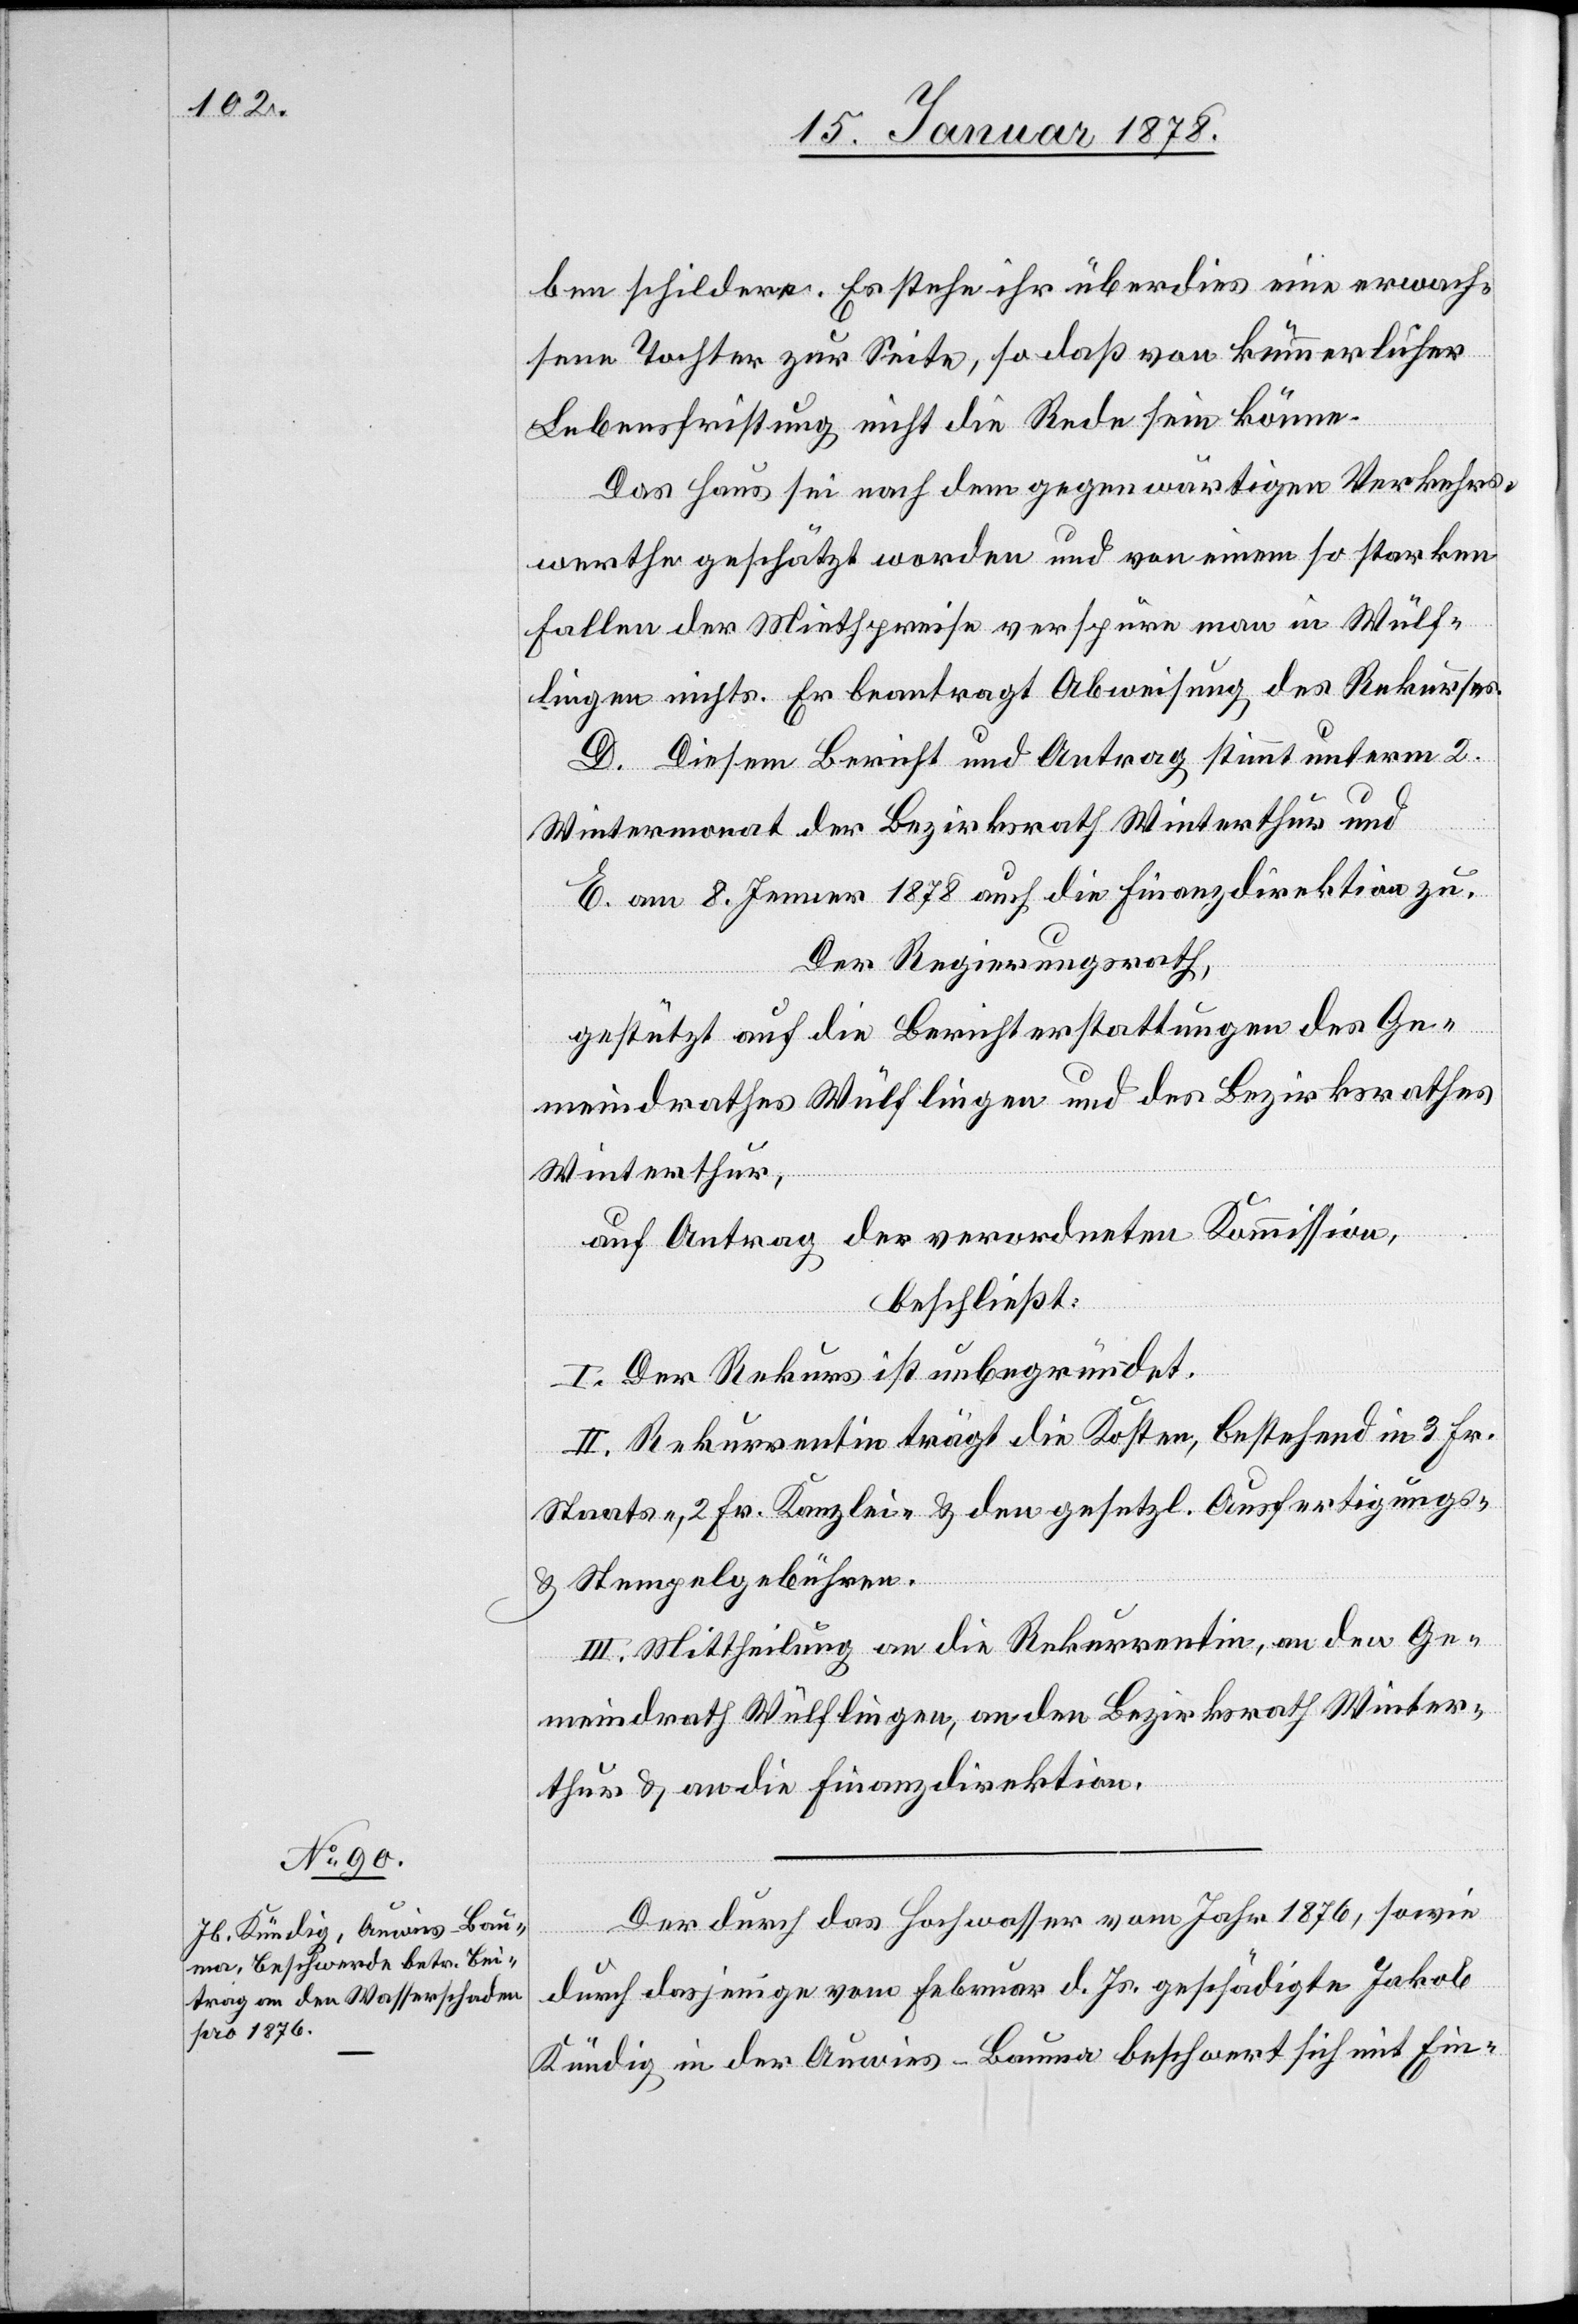
ben schildere. Es stehe ihr überdies eine erwach¬
sene Tochter zur Seite, so daß von kümmerlicher
Lebensfristung nicht die Rede sein könne.
Das Haus sei nach dem gegenwärtigen Verkehrs¬
werthe geschätzt worden und von einem so starken
Fallen der Mietpreise verspüre man in Wülf¬
lingen nichts. Er beantragt Abweisung des Rekurses.
D. Diesem Bericht und Antrag stimmt unterm 2.
Wintermonat der Bezirksrath Winterthur und
E. am 8. Jenner 1878 auch die Finanzdirektion zu.
Der Regierungsrath,
gestützt auf die Berichterstattungen des Ge¬
meindrathes Wülflingen und des Bezirksrathes
Winterthur,
auf Antrag der verordneten Kommission,
beschließt:
I. Der Rekurs ist unbegründet.
II. Rekurrentin trägt die Kosten, bestehend in 3 Fr.
Staats-, 2 Fr. Kanzlei- & den gesetzl. Ausfertigungs-
& Stempelgebühren.
III. Mittheilung an die Rekurrentin, an den Ge¬
meindrath Wülflingen, an den Bezirksrath Winter¬
thur & an die Finanzdirektion.
Der durch das Hochwasser vom Jahr 1876, sowie
durch dasjenige vom Februar d. Js. geschädigte Jakob
Kündig in der Auwies - Bauma beschwert sich mit Ein-